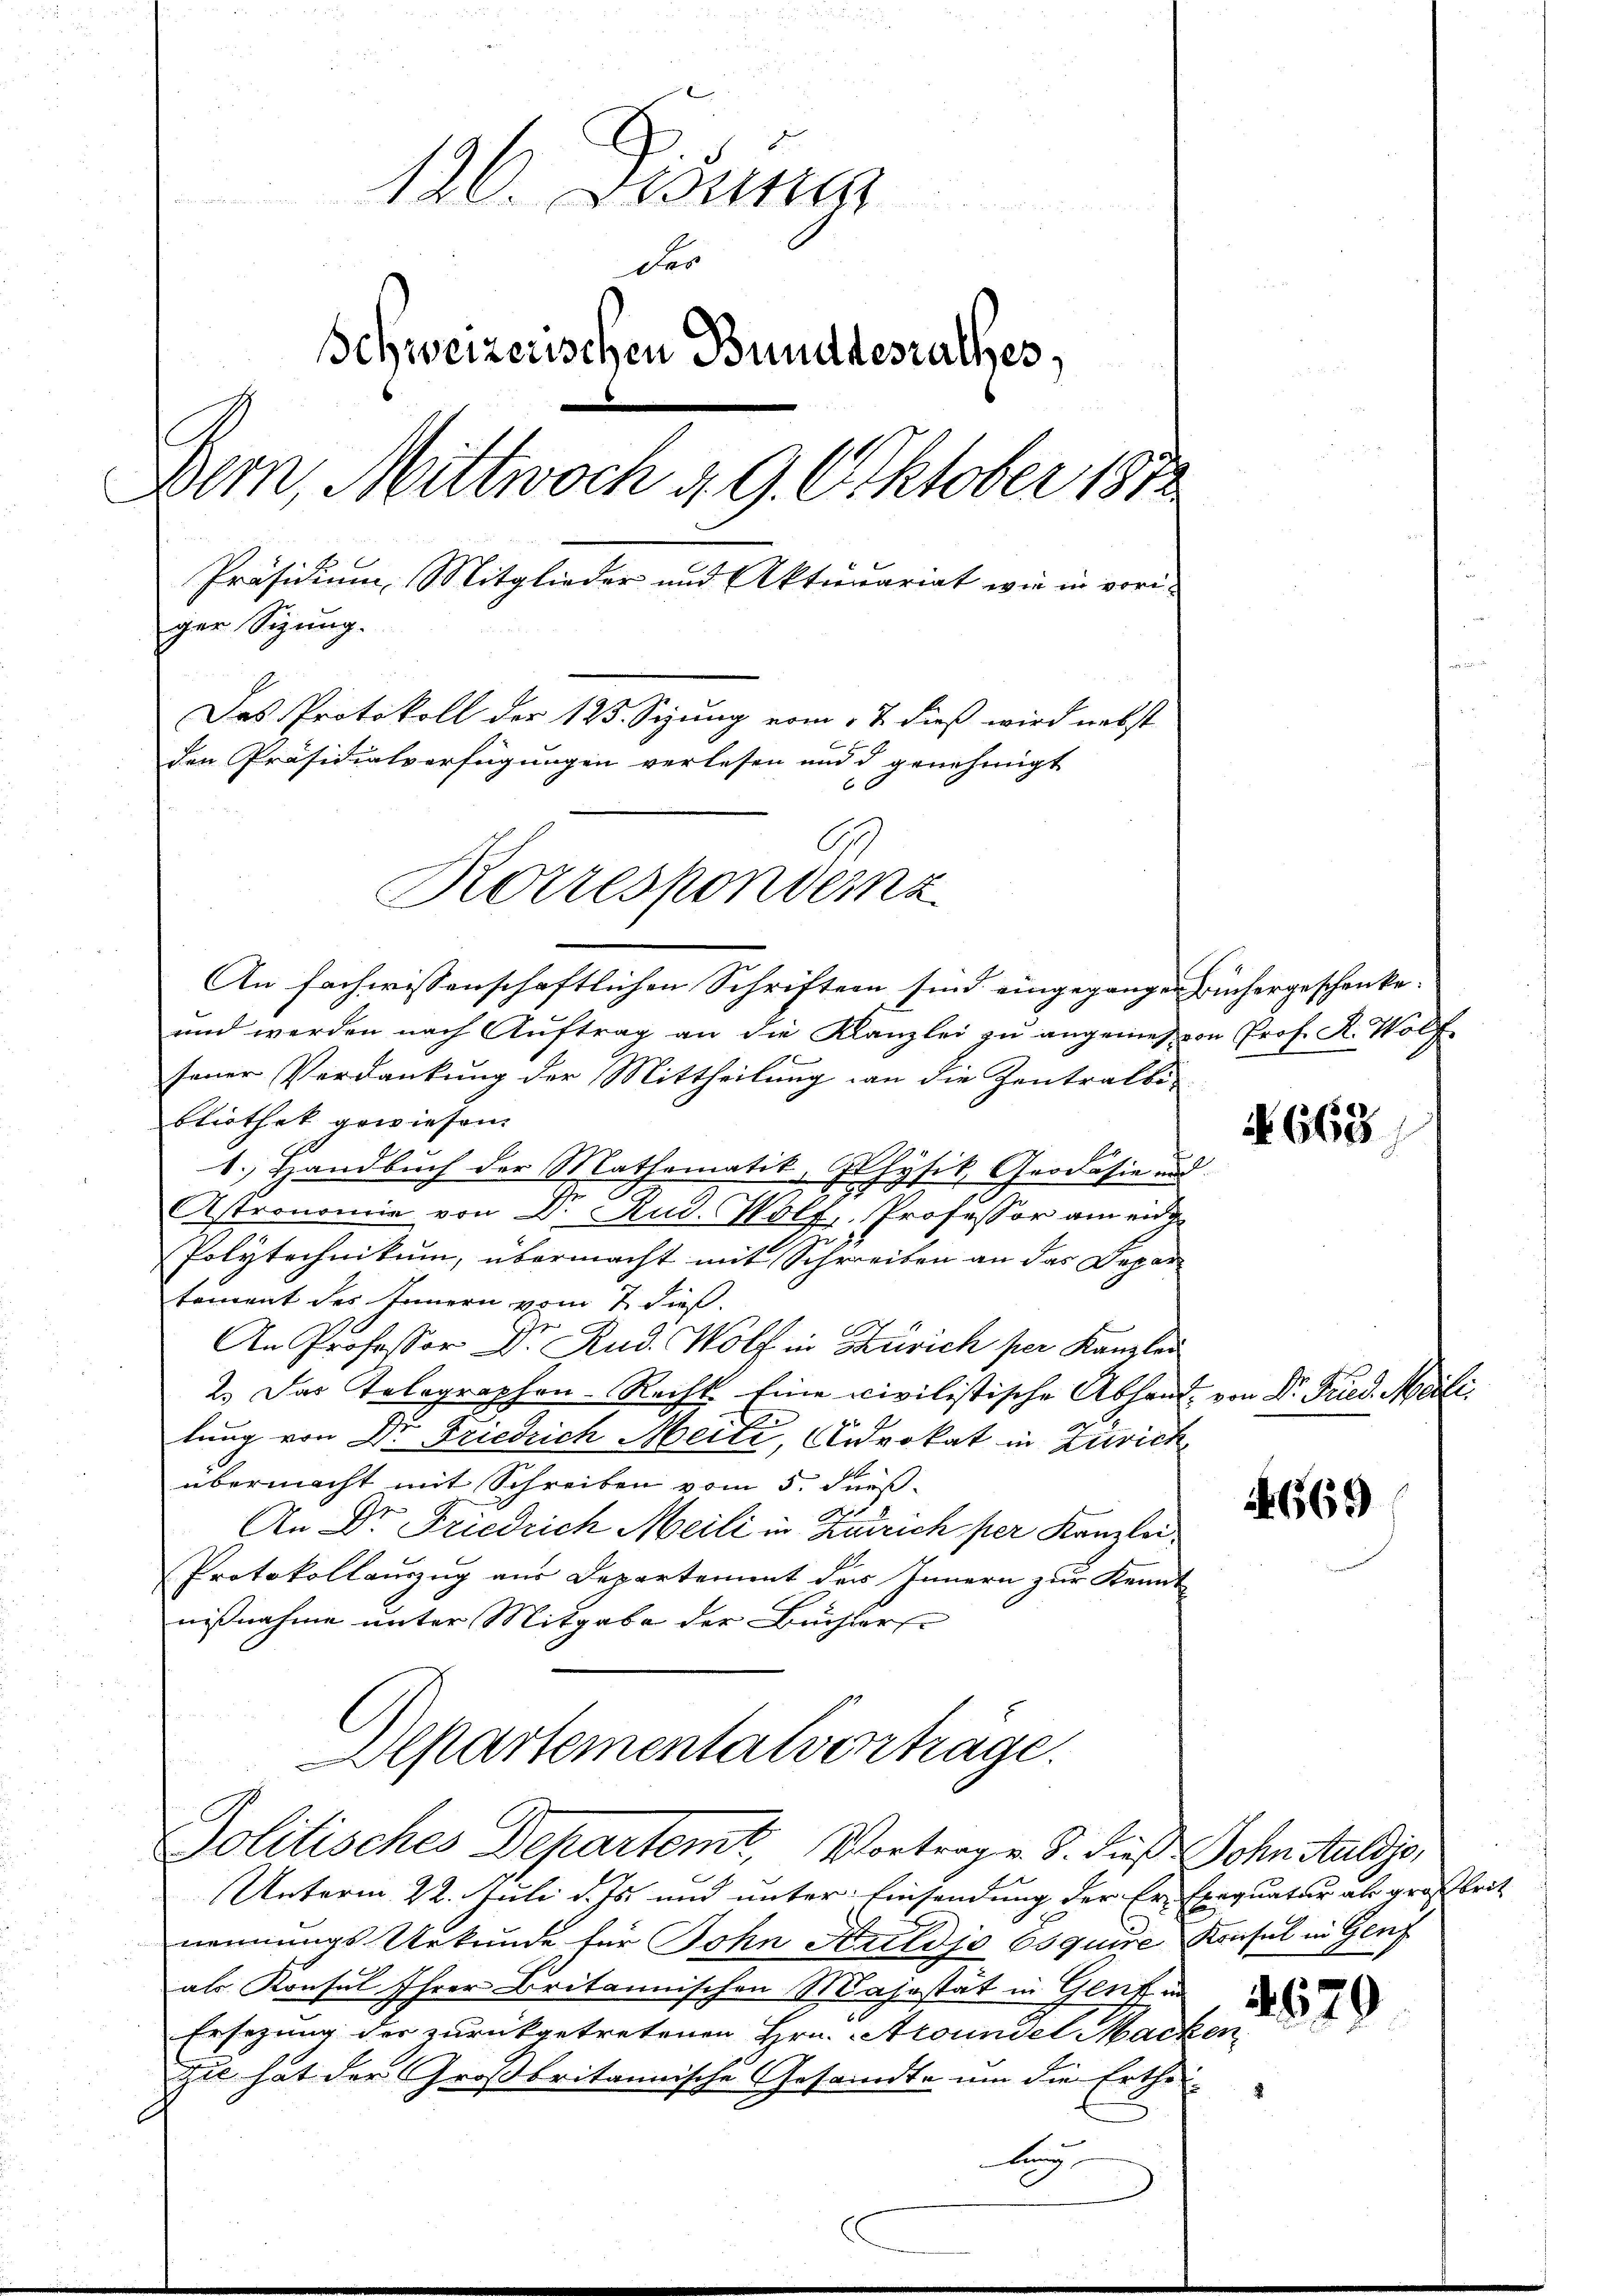
126. Disung
der
Schweizerischen Bundesrathes,
Bern, Mittwoch 4. 9. Oktober 1872.
Präsidium, Mitglieder und Aktienariat wie in vori-
ger Sizung.
Das Protokoll der 125. Sizung vom 17. dieß wird nebst
den Präsidialverfügungen verlesen und d genehmigt
Korresponderz
An fachwissenschaftlichen Schriften sind eingegangen Büchergeschenke.

und werden nach Auftrag an die Kanzlei zu angemessen Prof. K. Wolf
sener Verdankung der Mittheilung an die Zentralbi-
bliothek gewiesen.
1. Handbuch der Mathematik, Physik, Grodäsie und
Astronomie von Dr. Rud. Wolf, Professor am eng
Polytechnikum, übermacht mit Schreiben an das Depar
tement des Innern vom 7. dieß.
e
An Professor D. Rud. Wolf in Zürich per Kanzlei
2.) Das Telegraphen-Recht. Eine civilistische Abhand von Dr. Fried. Meili
tung von Dr Friedrich Meili, Advokat in Zürich
übermacht mit Schreiben vom 5. Fuß.
An Dr. Friedrich Meili in Zürich per Kanzlei¬
Protokollauszug aus Departement der Innern zur Kennt
nißnahme unter Mitgabe der Büchlers
Departementalverträge.
Politisches Departemt, Vortrage. S. dieß John Huldio,
Unterm 22. Juli d. Js. und unter Einsendung der Er- Exequatur als großbrit
nennungs Urkunde für John Huldjo Osquise Konsul in Genf
als Konsul Ihrer Britannischen Majestät in Gent in
Ersezung der zurückgetretenen Hrn. Aroundel Macke
Zie hat der Großbritannische Gesandte um die Erthei-

N. 663

669

9